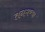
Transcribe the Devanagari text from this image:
तनमण्या